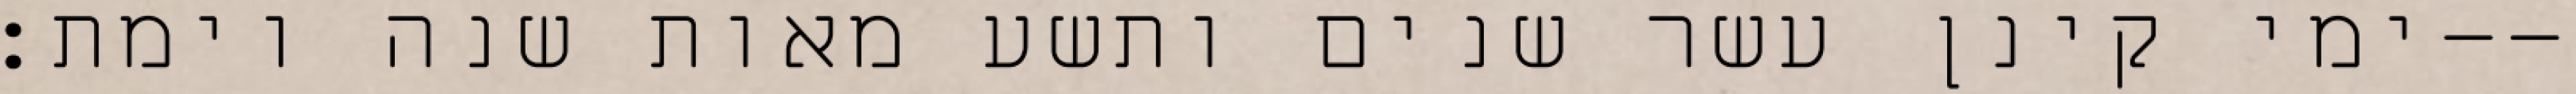
ימי קינן עשר שנים ותשע מאות שנה וימת׃--